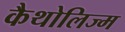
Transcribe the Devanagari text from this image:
कैथोलिज्म